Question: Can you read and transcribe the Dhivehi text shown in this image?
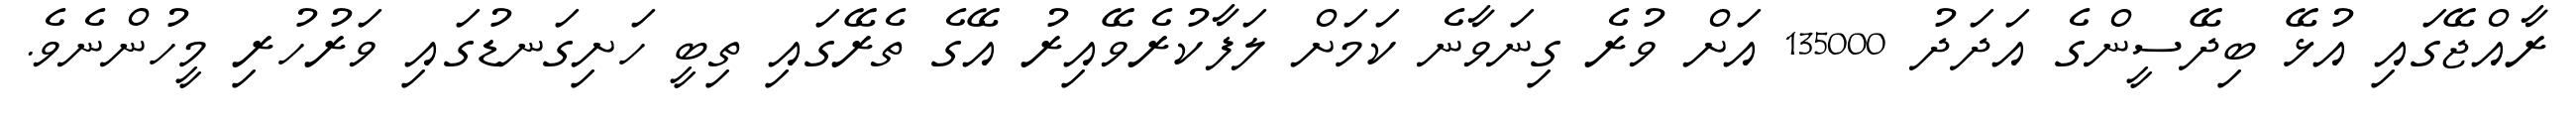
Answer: ރާއްޖޭގައި އުޅޭ ބިދޭސީންގެ އަދަދު 135000 އަށް ވުރެ ގިނަވާނެ ކަމަށް ލަފާކުރެވޭއިރު އޭގެ ތެރޭގައި ތިބީ ހަށިގަނޑުގައި ވަރުހުރި މީހުންނެވެ.